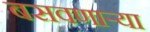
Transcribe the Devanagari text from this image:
बसवणार्‍या